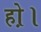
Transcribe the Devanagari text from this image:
हो़।